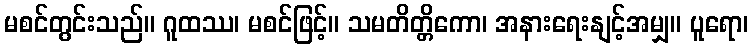
မစင်တွင်းသည်။ ဂူထဿ၊ မစင်ဖြင့်။ သမတိတ္တိကော၊ အနားရေးနျင့်အမျှ။ ပူရော၊